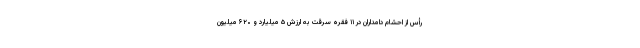
رأس از احشام دامداران در ۱۱ فقره سرقت به ارزش ۵ میلیارد و ۶۲۰ میلیون